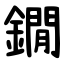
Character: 鐗